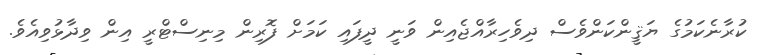
ކުރާނެކަމުގެ ޔަޤީންކަންވެސް ދިވެހިރާއްޖެއިން ވަނީ ދީފައި ކަމަށް ފޮރިން މިނިސްޓްރީ އިން ވިދާޅުވިއެވެ.